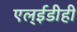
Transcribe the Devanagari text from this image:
एल्‌ईडीही